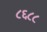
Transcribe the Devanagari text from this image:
८६८८